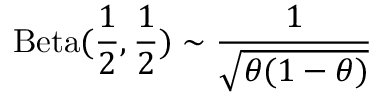
\operatorname { B e t a } ( { \frac { 1 } { 2 } } , { \frac { 1 } { 2 } } ) \sim { \frac { 1 } { \sqrt { \theta ( 1 - \theta ) } } }